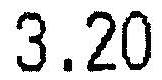
3.20